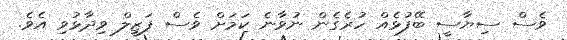
ވެސް ސިޔާސީ ބޭފުޅެއް ހުރެގެން ނުވާނެ ކަމަށް ވެސް ފަޒީލް ވިދާޅުވި އެވެ.